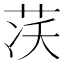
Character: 𦮮